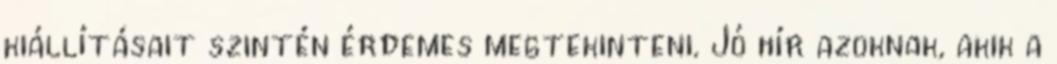
kiállításait szintén érdemes megtekinteni. Jó hír azoknak, akik a